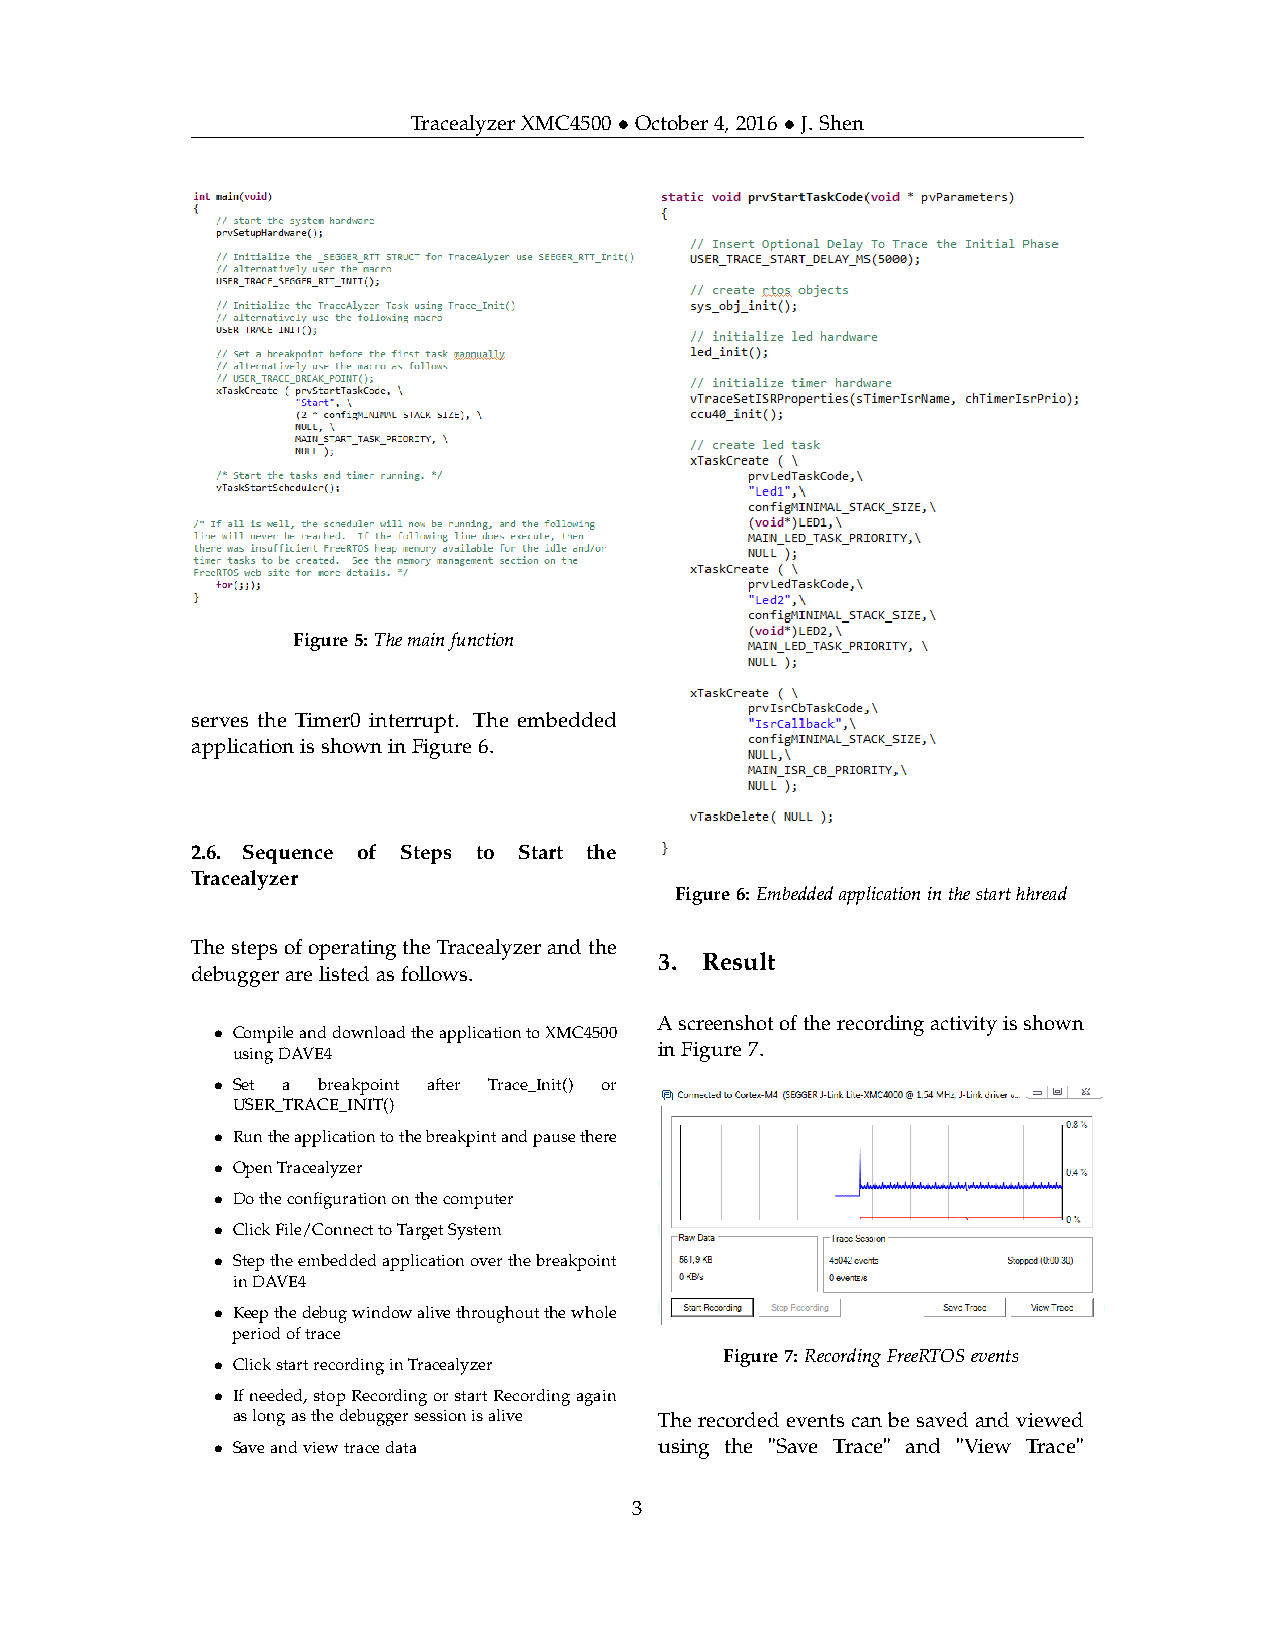
TracealyzerXMC4500 • October4,2016 • J.Shen
 Figure5: Themainfunction
 serves the Timer0 interrupt. The embedded
 applicationisshowninFigure6.
 2.6. Sequence of Steps to Start the
 Tracealyzer
 Figure6: Embeddedapplicationinthestarthhread
 ThestepsofoperatingtheTracealyzerandthe
 3. Result
 debuggerarelistedasfollows.
 Ascreenshotoftherecordingactivityisshown
 • CompileanddownloadtheapplicationtoXMC4500
 usingDAVE4                   inFigure7.
 • Set a breakpoint after Trace_Init() or
 USER_TRACE_INIT()
 • Runtheapplicationtothebreakpintandpausethere
 • OpenTracealyzer
 • Dotheconfigurationonthecomputer
 • ClickFile/ConnecttoTargetSystem
 • Steptheembeddedapplicationoverthebreakpoint
 inDAVE4
 • Keepthedebugwindowalivethroughoutthewhole
 periodoftrace
 Figure7: RecordingFreeRTOSevents
 • ClickstartrecordinginTracealyzer
 • Ifneeded,stopRecordingorstartRecordingagain
 aslongasthedebuggersessionisalive Therecordedeventscanbesavedandviewed
 • Saveandviewtracedata        using the "Save Trace" and "View Trace"
 3